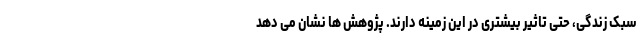
سبک زندگی، حتی تاثیر بیشتری در این زمینه دارند. پژوهش ها نشان می دهد